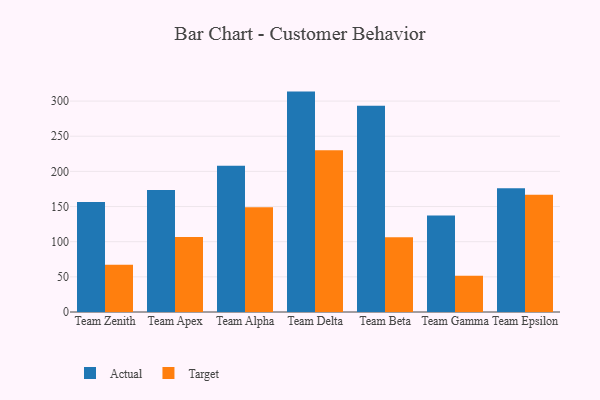
{"axis": {"x": "Team", "y": "Inventory Turnover"}, "legend": ["Actual", "Target"], "data": [{"x": "Team Zenith", "y": 156.6, "type": "Actual"}, {"x": "Team Zenith", "y": 67.1, "type": "Target"}, {"x": "Team Apex", "y": 173.4, "type": "Actual"}, {"x": "Team Apex", "y": 106.8, "type": "Target"}, {"x": "Team Alpha", "y": 208.2, "type": "Actual"}, {"x": "Team Alpha", "y": 148.9, "type": "Target"}, {"x": "Team Delta", "y": 313.5, "type": "Actual"}, {"x": "Team Delta", "y": 230.1, "type": "Target"}, {"x": "Team Beta", "y": 293.3, "type": "Actual"}, {"x": "Team Beta", "y": 106.2, "type": "Target"}, {"x": "Team Gamma", "y": 137.4, "type": "Actual"}, {"x": "Team Gamma", "y": 51.6, "type": "Target"}, {"x": "Team Epsilon", "y": 175.9, "type": "Actual"}, {"x": "Team Epsilon", "y": 166.7, "type": "Target"}]}